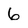
Character: 6